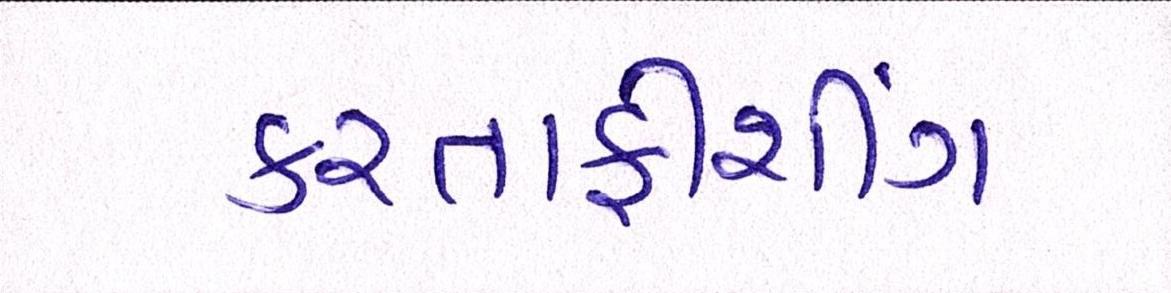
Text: કરતાફીશીંગ